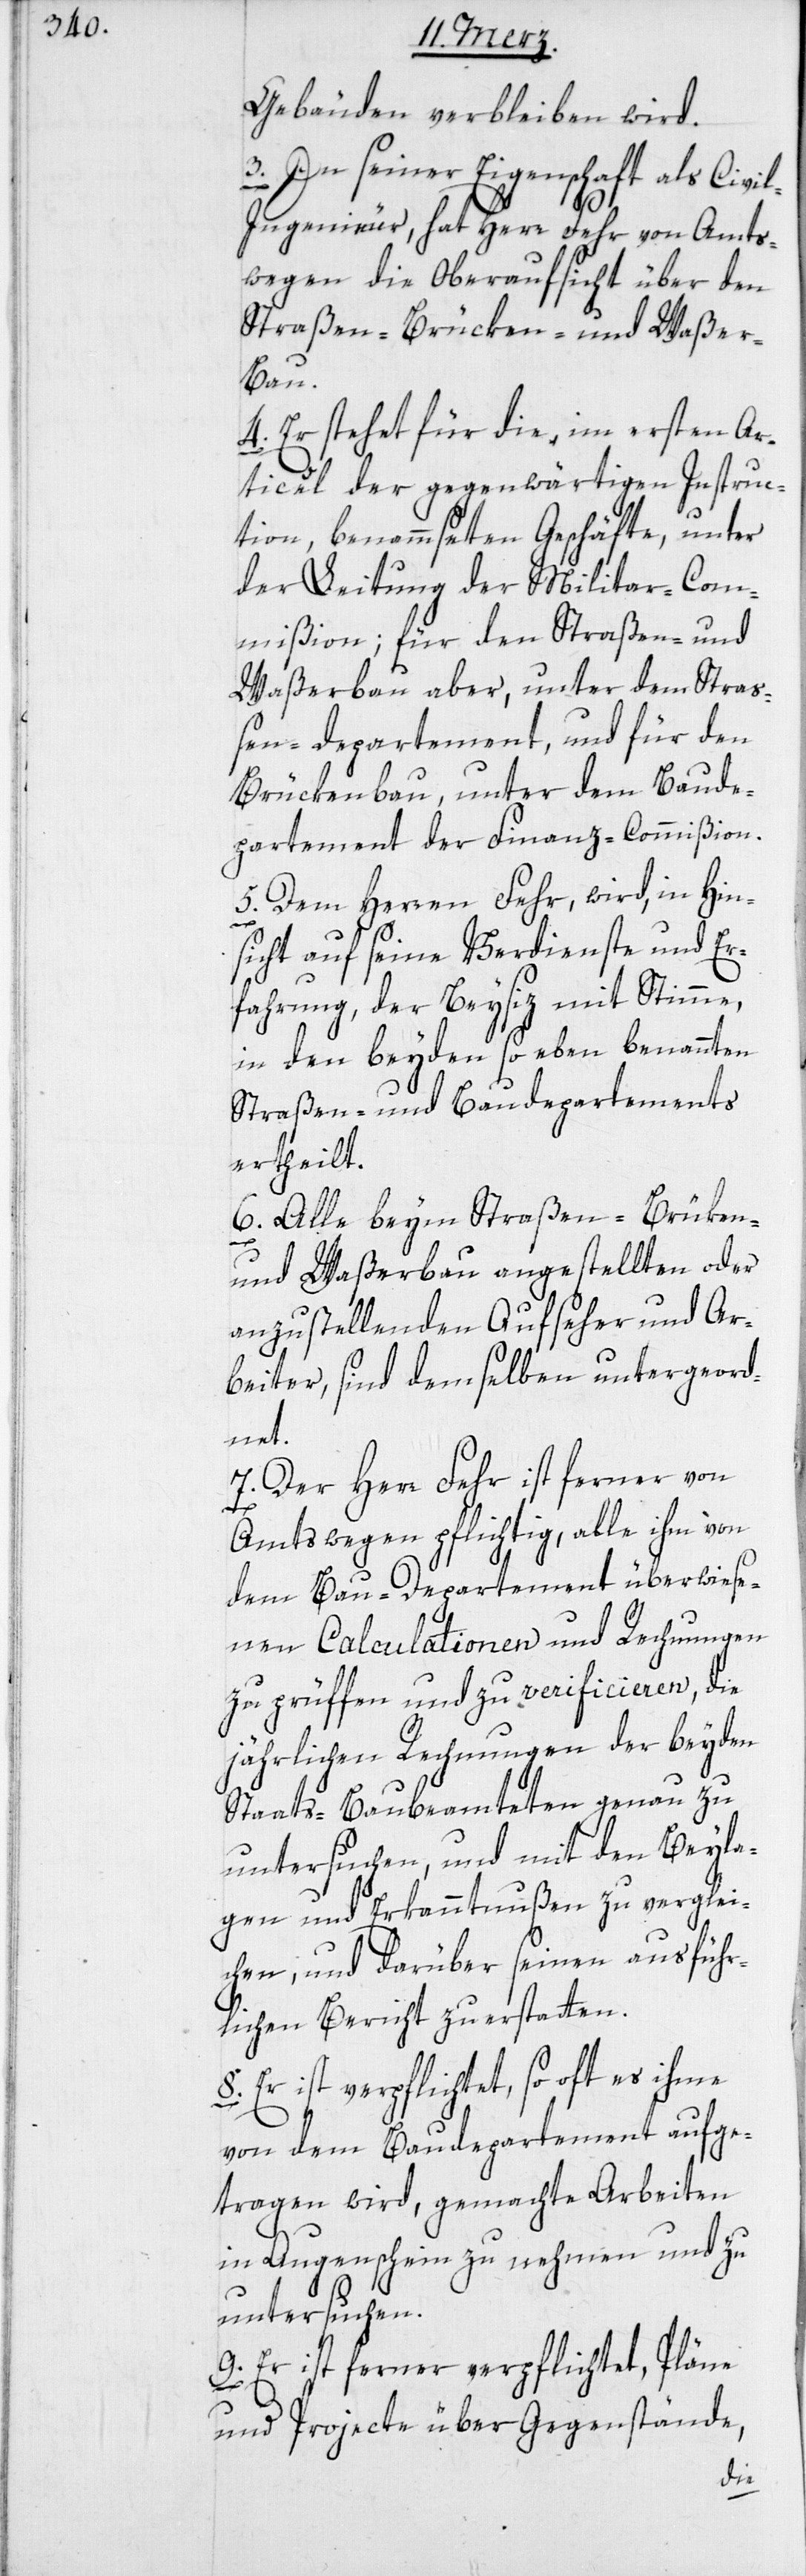
Gebäuden verbleiben wird.
3. In seiner Eigenschaft als Civi¬
l-Ingenieur, hat Herr Fehr von Amts¬
wegen die Oberaufsicht über den
Straßen-, Brücken- und Waßer-B¬
au.
4. Er stehet für die, im ersten Ar¬
ticel der gegenwärtigen Instruc¬
tion, benammseten Geschäfte, unter
der Leitung der Militar-Com¬
mißion; für den Straßen- und
Waßerbau aber, unter dem Straß¬
en-departement, und für den
Brükenbau, unter dem Baude¬
partement der Finanz-Commißion.
5. Dem Herren Fehr, wird, in Hin¬
sicht auf seine Verdienste und Er¬
fahrung, der Beysitz mit Stimme,
in den beyden soeben benannten
Straßen- und Baudepartements
ertheilt.
6. Alle beym Straßen-, Brüken-
und Waßerbau angestellten oder
anzustellenden Aufseher und Ar¬
beiter, sind demselben untergeord¬
net.
7. Der Herr Fehr ist ferner von
Amtswegen pflichtig, alle ihm von
dem Bau-Departement überwiese¬
nen Calculationen und Rechnungen
zu prüffen und zu verificieren, die
jährlichen Rechnungen der beyden
Staats-Baubeamteten genau zu
untersuchen, und mit den Beyla¬
gen und Erkanntnußen zu verglei¬
chen, und darüber seinen ausführ¬
lichen Bericht zu erstatten.
8. Er ist verpflichtet, so oft es ihme
von dem Baudepartement aufge¬
tragen wird, gemachte Arbeiten
in Augenschein zu nehmen und zu
untersuchen.
9. Er ist ferner verpflichtet, Pläne
und Projecte über Gegenstände,